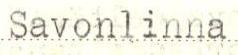
Savonlinna